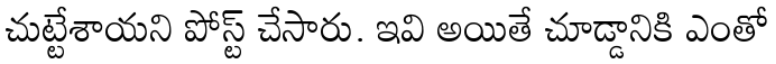
చుట్టేశాయని పోస్ట్ చేసారు. ఇవి అయితే చూడ్డానికి ఎంతో